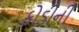
કોડીની